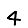
Digit: 4